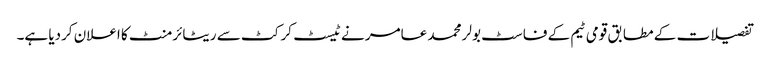
تفصیلات کے مطابق قومی ٹیم کے فاسٹ بولر محمد عامر نے ٹیسٹ کرکٹ سے ریٹائرمنٹ کا اعلان کردیا ہے۔